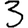
Digit: 3